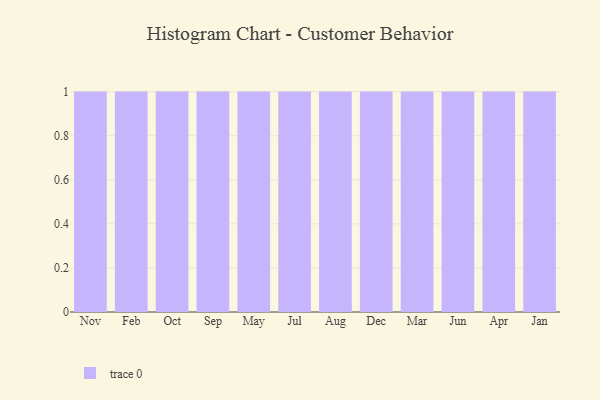
{"axis": {"x": "Month", "y": "Backlog"}, "legend": [""], "data": [{"x": "Nov", "y": 90, "type": ""}, {"x": "Feb", "y": 58, "type": ""}, {"x": "Oct", "y": 12, "type": ""}, {"x": "Sep", "y": 38, "type": ""}, {"x": "May", "y": 3, "type": ""}, {"x": "Jul", "y": 90, "type": ""}, {"x": "Aug", "y": 83, "type": ""}, {"x": "Dec", "y": 61, "type": ""}, {"x": "Mar", "y": 31, "type": ""}, {"x": "Jun", "y": 14, "type": ""}, {"x": "Apr", "y": 66, "type": ""}, {"x": "Jan", "y": 38, "type": ""}]}